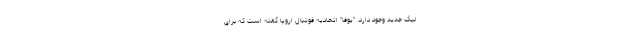
لیگ جدید وجود دارد. "یوفا" اتحادیه فوتبال اروپا گفته است که برای